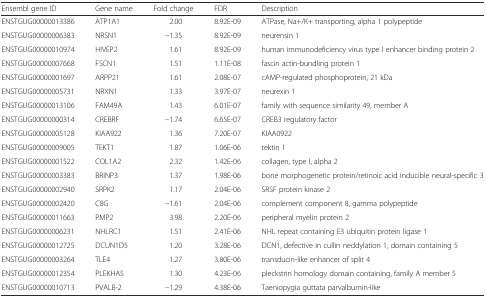
<table><thead><tr><td><b>Ensembl gene ID</b></td><td><b>Gene name</b></td><td><b>Fold change</b></td><td><b>FDR</b></td><td><b>Description</b></td></tr></thead><tbody><tr><td>ENSTGUG00000013386</td><td>ATP1A1</td><td>2.00</td><td>8.92E-09</td><td>ATPase, Na+/K+ transporting, alpha 1 polypeptide</td></tr><tr><td>ENSTGUG00000006383</td><td>NRSN1</td><td>−1.35</td><td>8.92E-09</td><td>neurensin 1</td></tr><tr><td>ENSTGUG00000010974</td><td>HIVEP2</td><td>1.61</td><td>8.92E-09</td><td>human immunodeficiency virus type I enhancer binding protein 2</td></tr><tr><td>ENSTGUG00000007668</td><td>FSCN1</td><td>1.51</td><td>1.11E-08</td><td>fascin actin-bundling protein 1</td></tr><tr><td>ENSTGUG00000001697</td><td>ARPP21</td><td>1.61</td><td>2.08E-07</td><td>cAMP-regulated phosphoprotein, 21 kDa</td></tr><tr><td>ENSTGUG00000005731</td><td>NRXN1</td><td>1.33</td><td>3.97E-07</td><td>neurexin 1</td></tr><tr><td>ENSTGUG00000013106</td><td>FAM49A</td><td>1.43</td><td>6.01E-07</td><td>family with sequence similarity 49, member A</td></tr><tr><td>ENSTGUG00000000314</td><td>CREBRF</td><td>−1.74</td><td>6.65E-07</td><td>CREB3 regulatory factor</td></tr><tr><td>ENSTGUG00000005128</td><td>KIAA922</td><td>1.36</td><td>7.20E-07</td><td>KIAA0922</td></tr><tr><td>ENSTGUG00000009005</td><td>TEKT1</td><td>1.87</td><td>1.06E-06</td><td>tektin 1</td></tr><tr><td>ENSTGUG00000001522</td><td>COL1A2</td><td>2.32</td><td>1.42E-06</td><td>collagen, type I, alpha 2</td></tr><tr><td>ENSTGUG00000003383</td><td>BRINP3</td><td>1.37</td><td>1.98E-06</td><td>bone morphogenetic protein/retinoic acid inducible neural-specific 3</td></tr><tr><td>ENSTGUG00000002940</td><td>SRPK2</td><td>1.17</td><td>2.04E-06</td><td>SRSF protein kinase 2</td></tr><tr><td>ENSTGUG00000002420</td><td>C8G</td><td>−1.61</td><td>2.04E-06</td><td>complement component 8, gamma polypeptide</td></tr><tr><td>ENSTGUG00000011663</td><td>PMP2</td><td>3.98</td><td>2.20E-06</td><td>peripheral myelin protein 2</td></tr><tr><td>ENSTGUG00000006231</td><td>NHLRC1</td><td>1.51</td><td>2.41E-06</td><td>NHL repeat containing E3 ubiquitin protein ligase 1</td></tr><tr><td>ENSTGUG00000012725</td><td>DCUN1D5</td><td>1.20</td><td>3.28E-06</td><td>DCN1, defective in cullin neddylation 1, domain containing 5</td></tr><tr><td>ENSTGUG00000003264</td><td>TLE4</td><td>1.27</td><td>3.80E-06</td><td>transducin-like enhancer of split 4</td></tr><tr><td>ENSTGUG00000012354</td><td>PLEKHA5</td><td>1.30</td><td>4.23E-06</td><td>pleckstrin homology domain containing, family A member 5</td></tr><tr><td>ENSTGUG00000010713</td><td>PVALB-2</td><td>−1.29</td><td>4.38E-06</td><td>Taeniopygia guttata parvalbumin-like</td></tr></tbody></table>